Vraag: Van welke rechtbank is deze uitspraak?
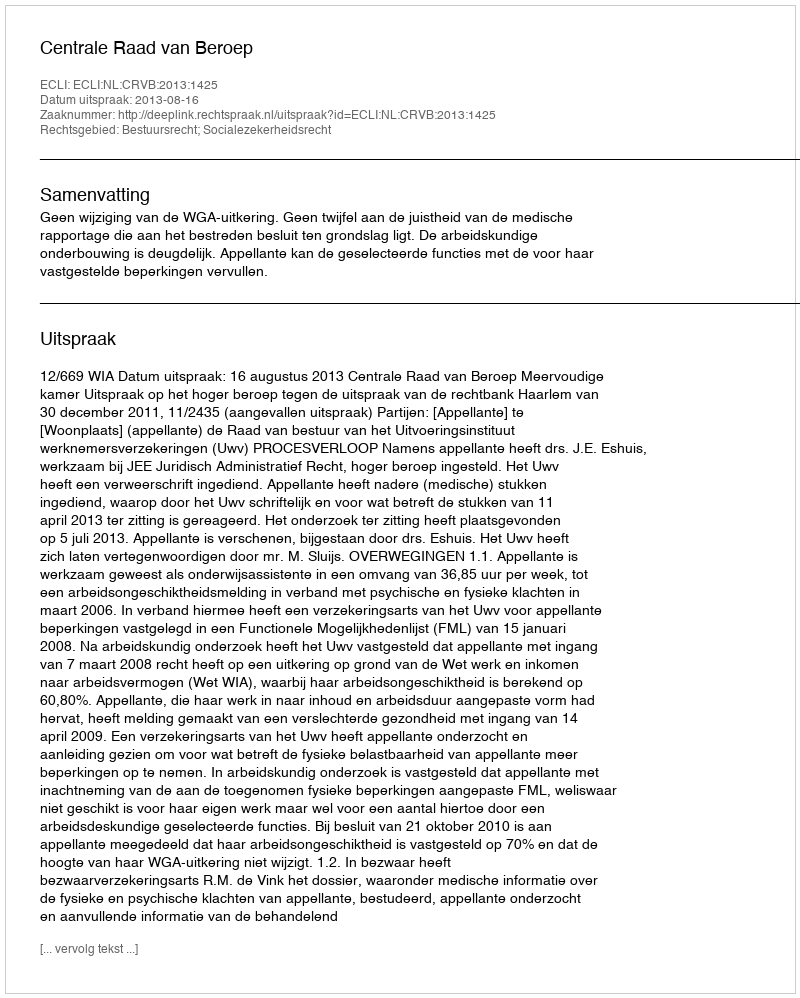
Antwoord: Centrale Raad van Beroep